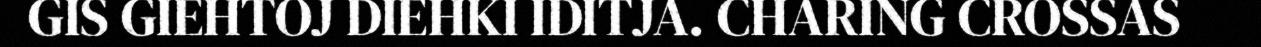
GIS GIEHTOJ DIEHKI IDITJA. CHARING CROSSAS